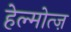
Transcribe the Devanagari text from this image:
हेल्मोत्ज़